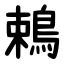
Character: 鵣